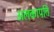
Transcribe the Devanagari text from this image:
अलकापति